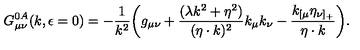
G _ { \mu \nu } ^ { 0 A } ( k , \epsilon = 0 ) = - { \frac { 1 } { k ^ { 2 } } } \biggl ( g _ { \mu \nu } + { \frac { ( \lambda k ^ { 2 } + \eta ^ { 2 } ) } { ( \eta \cdot k ) ^ { 2 } } } k _ { \mu } k _ { \nu } - { \frac { k _ { [ \mu } \eta _ { \nu ] _ { + } } } { \eta \cdot k } } \biggr ) .